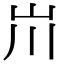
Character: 𡵅